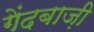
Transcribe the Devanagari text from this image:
गेंदबाज़़ी